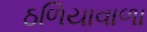
ઠળિયાવાળા